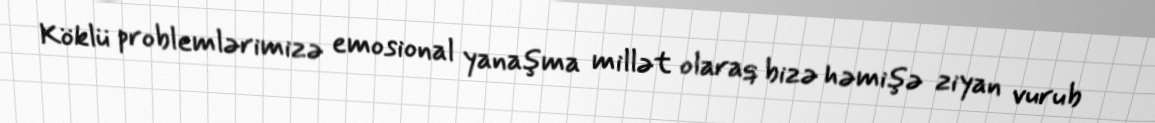
Köklü problemlərimizə emosional yanaşma millət olaraq bizə həmişə ziyan vurub